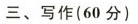
三、写作(60分)